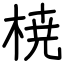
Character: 𣓤